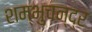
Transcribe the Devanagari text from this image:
शम्भुचन्द्र